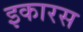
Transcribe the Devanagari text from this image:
इकारस